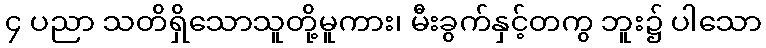
၄ ပညာ သတိရှိသောသူတို့မူကား၊ မီးခွက်နှင့်တကွ ဘူး၌ ပါသော